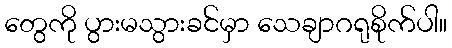
တွေကို ပွားမသွားခင်မှာ သေချာဂရုစိုက်ပါ။